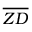
\overline { { Z D } }